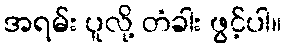
အရမ်း ပူလို့ တံခါး ဖွင့်ပါ။